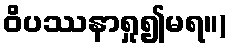
ဝိပဿနာရှု၍မရ။)